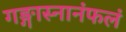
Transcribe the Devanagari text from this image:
गङ्गास्नानंफलं